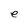
Character: e